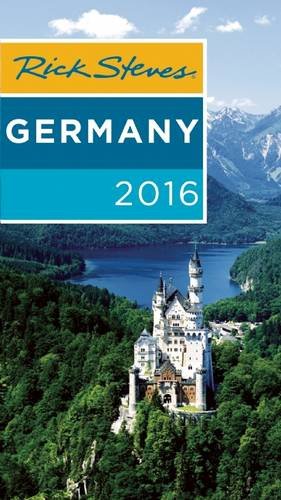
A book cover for Rick Steves Germany 2016; Rick Steves; Travel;